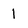
Character: 1